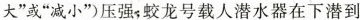
大”或“减小”)压强；蛟龙号载人潜水器在下潜到